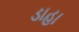
ડાહા